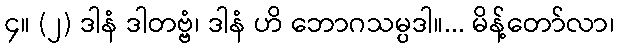
၄။ (၂) ဒါနံ ဒါတဗ္ဗံ၊ ဒါနံ ဟိ ဘောဂသမ္ပဒါ။... မိန့်တော်လာ၊